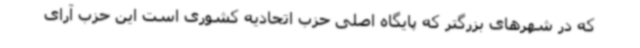
که در شهرهای بزرگتر که پایگاه اصلی حزب اتحادیه کشوری است این حزب آرای